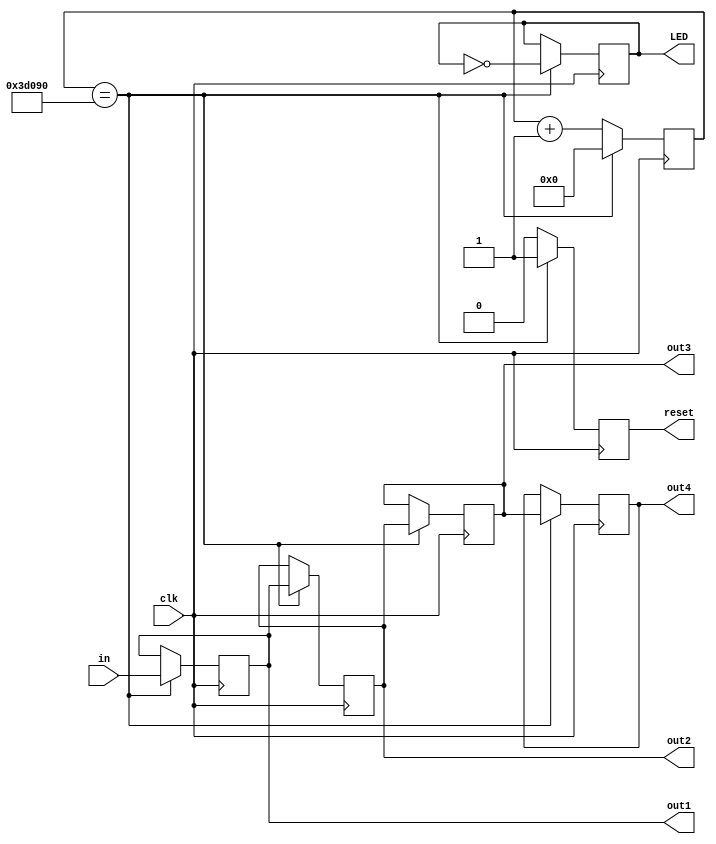
module trigger_clock (clk, in, out1, out2, out3, out4, reset, LED);

input clk;
input [3:0] in;
output reg [3:0] out1, out2, out3, out4;
output reg reset, LED;
reg [31:0] i;

always @(posedge clk)
begin

if (i==32'd250000)
begin
out4=out3;
out3=out2;
out2=out1;
out1=in;
reset=1;
LED=!LED;
i=0;
end

else 
begin 
i<=i+1;
reset<=0;
end

end
endmodule